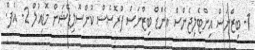
1- ބިޒްނަސް އިންޓެލިޖެންސް އެންޑް ބިޒްނަސް ޕްރޮސެސް ކޮންސޮލިޑޭޝަން މޮޑިއުލް 2- އެފް.